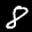
Label: 8